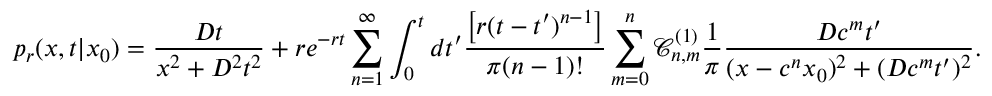
p _ { r } ( x , t | x _ { 0 } ) = \frac { D t } { x ^ { 2 } + D ^ { 2 } t ^ { 2 } } + r e ^ { - r t } \sum _ { n = 1 } ^ { \infty } \int _ { 0 } ^ { t } d t ^ { \prime } \frac { \left[ r ( t - t ^ { \prime } ) ^ { n - 1 } \right] } { \pi ( n - 1 ) ! } \sum _ { m = 0 } ^ { n } \mathcal { C } _ { n , m } ^ { ( 1 ) } \frac { 1 } { \pi } \frac { D c ^ { m } t ^ { \prime } } { ( x - c ^ { n } x _ { 0 } ) ^ { 2 } + ( D c ^ { m } t ^ { \prime } ) ^ { 2 } } .